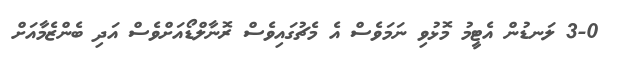
3-0 ލަނޑުން އެޓީމު މޮޅުވި ނަމަވެސް އެ މެޗުގައިވެސް ރޮނާލްޑޯއަށްވެސް އަދި ބެންޒެމާއަށް